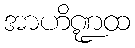
အာဟိဏ္ဍထ